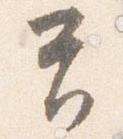
首